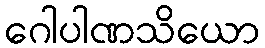
ဂေါပါဏသိယော